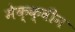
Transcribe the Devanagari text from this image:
मेक्क्वीन